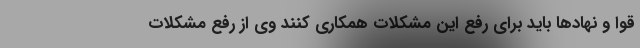
قوا و نهادها باید برای رفع این مشکلات همکاری کنند وی از رفع مشکلات